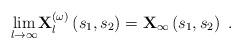
LaTeX: \begin{align*}\underset{l\rightarrow \infty }{\lim }\mathbf{X}_{l}^{(\omega )}\left(s_{1},s_{2}\right) =\mathbf{X}_{\infty }\left( s_{1},s_{2}\right) \ . \end{align*}